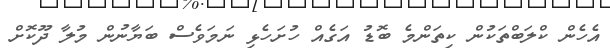
އެހެން ކްލަބްތަކުން ކިތަންމެ ބޮޑު އަގެއް ހުށަހެޅި ނަމަވެސް ބަޔާނުން މުލާ ދޫކޮށް